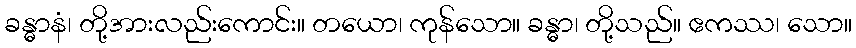
ခန္ဓာနံ၊ တို့အားလည်းကောင်း။ တယော၊ ကုန်သော။ ခန္ဓာ၊ တို့သည်။ ဧကဿ၊ သော။